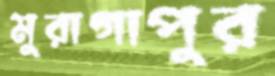
মুরাগাপুর